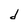
Character: d